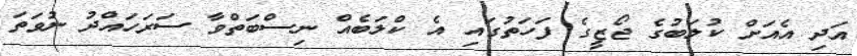
އަދި އެއަށް ކުލަބުގެ ޖޯޒީގެ ފަހަތުގައި އެ ކްލަބެއް ނިސްބަތްވާ ސަރަހައްދު ނުވަތަ